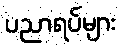
ပညာရပ်များ